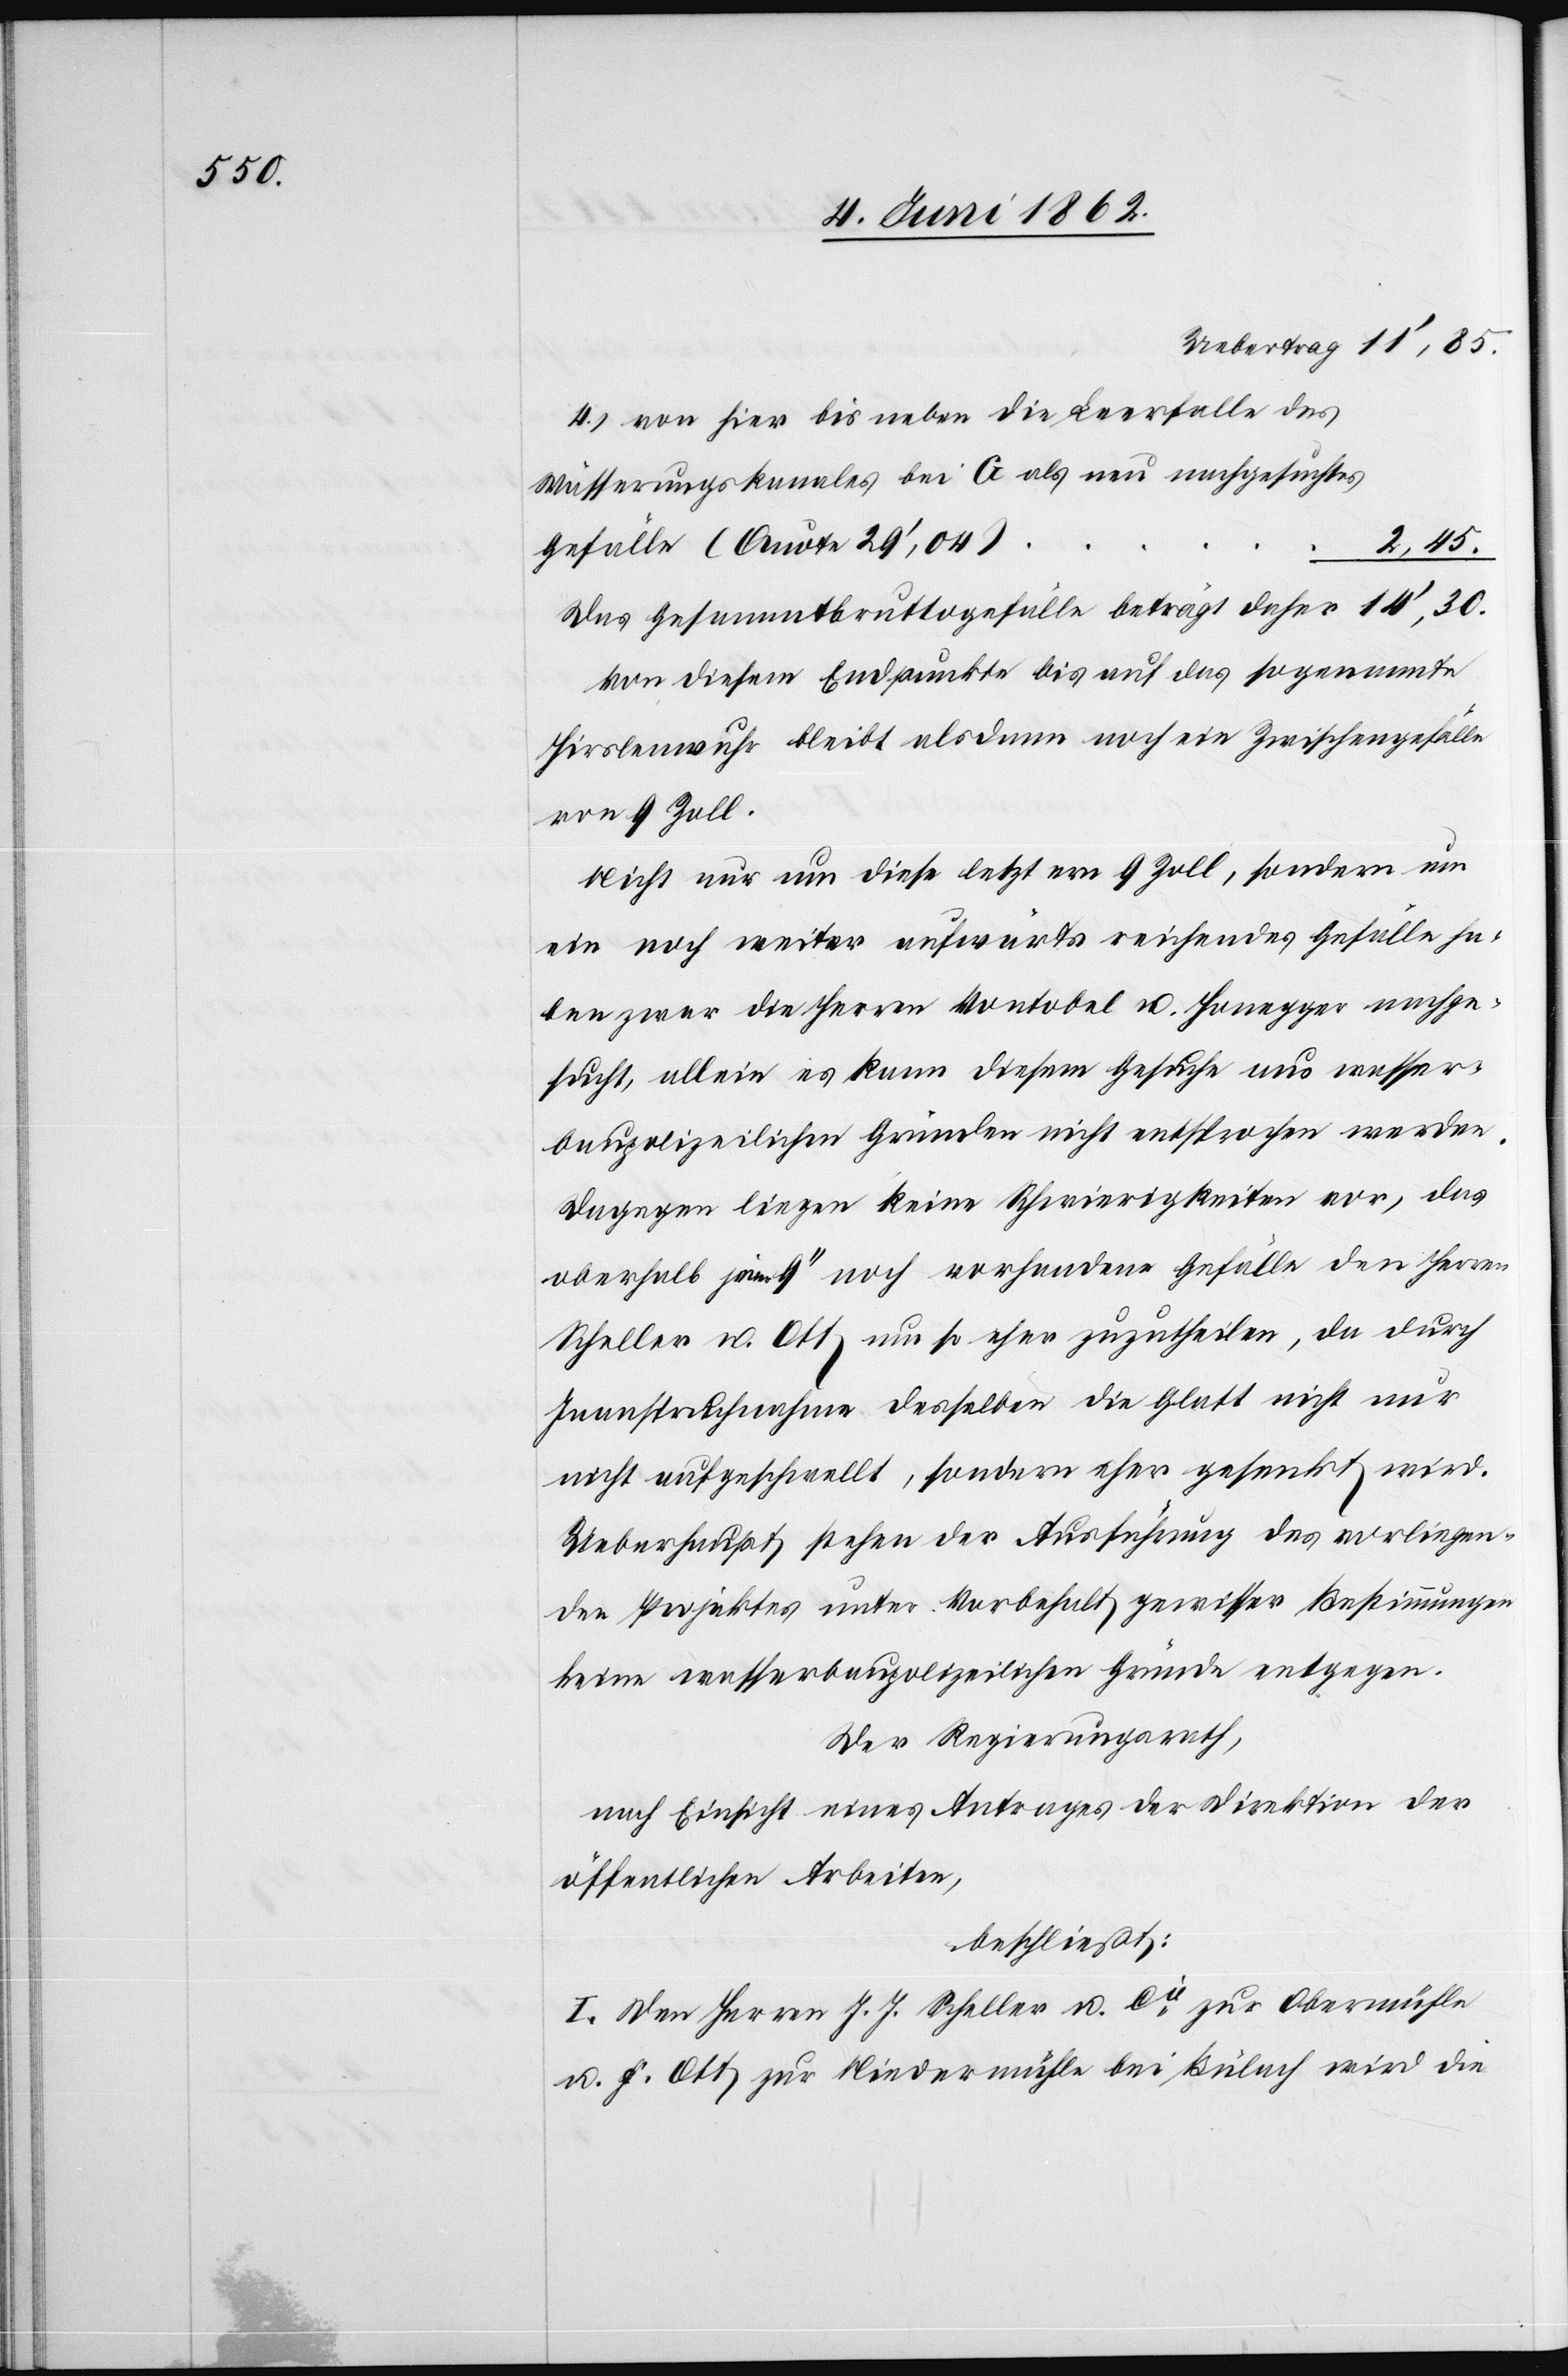
4) von hier bis neben die Leerfalle des
Wässerungskanales bei G als neu nachgesuchtes
Gefälle (Quote 29’,04)
Das Gesammtbruttogefälle beträgt daher
Von diesem Endpunkte bis auf das sogenannte
Hirslenwuhr bleibt alsdann noch ein Zwischengefälle
von 9 Zoll.
Nicht nur um diese letztern 9 Zoll, sondern um
ein noch weiter aufwärts reichendes Gefälle ha¬
ben zwar die Herren Vontobel u. Honegger nachge¬
sucht, allein es kann diesem Gesuche aus wasser¬
baupolizeilichen Gründen nicht entsprochen werden.
Dagegen liegen keine Schwierigkeiten vor, das
oberhalb jener 9’’ noch vorhandene Gefälle den Herren
Scheller u. Ott um so eher zuzuteilen, da durch
Inanspruchnahme desselben die Glatt nicht nur
nicht aufgeschwellt, sondern eher gesenkt wird.
Ueberhaupt stehen der Ausführung des vorliegen¬
den Projektes unter Vorbehalt gewisser Bestimmungen
keine wasserbaupolizeilichen Gründe entgegen.
Der Regierungsrath,
nach Einsicht eines Antrages der Direktion der
öffentlichen Arbeiten,
beschließt:
I. Den Herren J. J. Scheller u. Cie zur Obermühle
u. F. Ott zur Niedermühle bei Bülach wird die